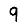
Digit: 9